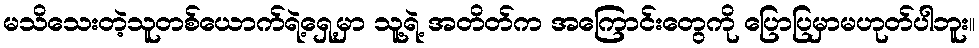
မသိသေးတဲ့သူတစ်ယောက်ရဲ့ရှေ့မှာ သူ့ရဲ့ အတိတ်က အကြောင်းတွေကို ပြောပြမှာမဟုတ်ပါဘူး။